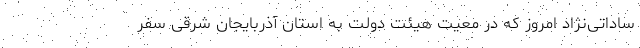
ساداتی‌نژاد امروز که در معیت هیئت دولت به استان آذربایجان شرقی سفر